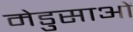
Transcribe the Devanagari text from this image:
मेडुसाओं